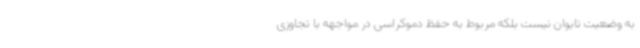
به وضعیت تایوان نیست بلکه مربوط به حفظ دموکراسی در مواجهه با تجاوزی